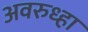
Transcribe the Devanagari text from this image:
अवरुध्हा